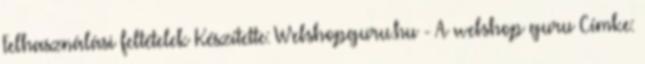
Felhasználási feltételek Készítette: Webshopguru.hu - A webshop guru Címke: